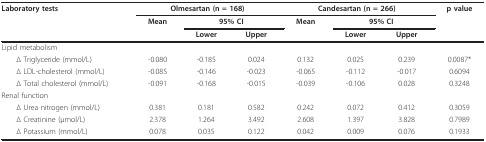
<table><thead><tr><td><b>Laboratory tests</b></td><td colspan="3"><b>Olmesartan (n = 168)</b></td><td colspan="3"><b>Candesartan (n = 266)</b></td><td><b>p value</b></td></tr><tr><td></td><td><b>Mean</b></td><td colspan="2"><b>95% CI</b></td><td><b>Mean</b></td><td colspan="2"><b>95% CI</b></td><td></td></tr><tr><td></td><td></td><td><b>Lower</b></td><td><b>Upper</b></td><td></td><td><b>Lower</b></td><td><b>Upper</b></td><td></td></tr></thead><tbody><tr><td>Lipid metabolism</td><td></td><td></td><td></td><td></td><td></td><td></td><td></td></tr><tr><td> Δ Triglyceride (mmol/L)</td><td>-0.080</td><td>-0.185</td><td>0.024</td><td>0.132</td><td>0.025</td><td>0.239</td><td>0.0087*</td></tr><tr><td> Δ LDL-cholesterol (mmol/L)</td><td>-0.085</td><td>-0.146</td><td>-0.023</td><td>-0.065</td><td>-0.112</td><td>-0.017</td><td>0.6094</td></tr><tr><td> Δ Total cholesterol (mmol/L)</td><td>-0.091</td><td>-0.168</td><td>-0.015</td><td>-0.039</td><td>-0.106</td><td>0.028</td><td>0.3248</td></tr><tr><td>Renal function</td><td></td><td></td><td></td><td></td><td></td><td></td><td></td></tr><tr><td> Δ Urea nitrogen (mmol/L)</td><td>0.381</td><td>0.181</td><td>0.582</td><td>0.242</td><td>0.072</td><td>0.412</td><td>0.3059</td></tr><tr><td> Δ Creatinine (μmol/L)</td><td>2.378</td><td>1.264</td><td>3.492</td><td>2.608</td><td>1.397</td><td>3.828</td><td>0.7989</td></tr><tr><td> Δ Potassium (mmol/L)</td><td>0.078</td><td>0.035</td><td>0.122</td><td>0.042</td><td>0.009</td><td>0.076</td><td>0.1933</td></tr></tbody></table>